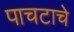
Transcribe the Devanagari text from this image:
पाचटाचे